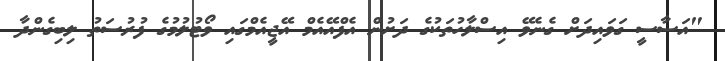
"އަސާސީ ގަވައިދަށް ގެނެވޭ އިސްލާހުތަކުގެ ދަށުން އެފްއޭއެމް އޭޖީއެމްގައި ވޯޓުލުމުގެ ފުރުސަތު ލިބިގެންދާ